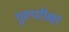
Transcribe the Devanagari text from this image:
गुरुपरीक्षा